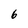
Character: 6